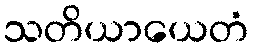
သတိယာယေတံ